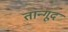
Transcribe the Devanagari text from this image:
तान्गूद